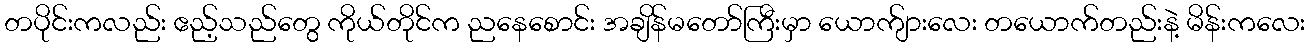
တပိုင်းကလည်း ဧည့်သည်တွေ ကိုယ်တိုင်က ညနေစောင်း အချိန်မတော်ကြီးမှာ ယောက်ျားလေး တယောက်တည်းနဲ့ မိန်းကလေး